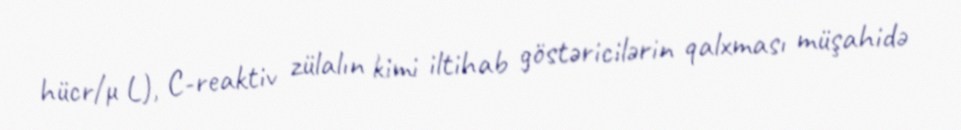
hücr/μ L), C-reaktiv zülalın kimi iltihab göstəricilərin qalxması müşahidə